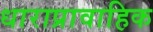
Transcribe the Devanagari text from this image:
धाराप्रावाहिक